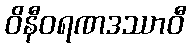
ဝိနီဝရဏဒဿာဝီ